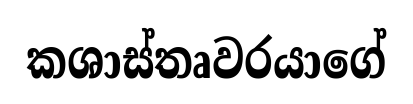
කශාස්තෘවරයාගේ